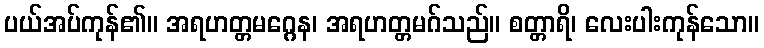
ပယ်အပ်ကုန်၏။ အရဟတ္တမဂ္ဂေန၊ အရဟတ္တမဂ်သည်။ စတ္တာရိ၊ လေးပါးကုန်သော။